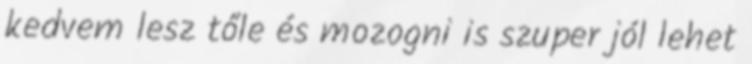
kedvem lesz tőle és mozogni is szuper jól lehet